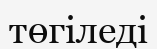
төгіледі